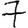
Digit: 7